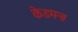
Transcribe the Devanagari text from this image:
केडमन।